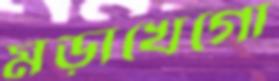
মড়াখেগো